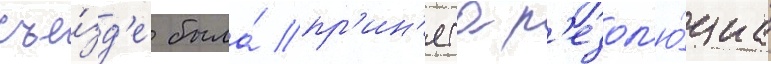
съе́зд'е была́ пр'ин'ята р'езол'ю́циа